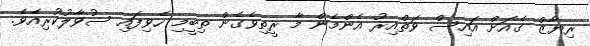
ރިޔާޒް ގެއަށް އައިސް ވަތްއިރު އެންމެން މާ ރީތިވެގެން ތިބީމި ހެވިފައި ސުވާލުކުރިއެވެ.